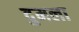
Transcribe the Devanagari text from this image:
दुमला